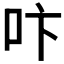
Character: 𠯴